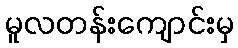
မူလတန်းကျောင်းမှ